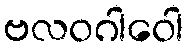
ဗလဝဂါဝေါ